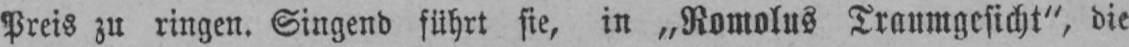
Preis zu ringen. Singend führt sie, in „Romolus Traumgesicht“, die